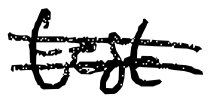
Text: test
Cross-out: double-line
Writing tool: digital_black